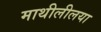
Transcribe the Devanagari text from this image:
माथीलीलया